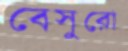
বেসুরো